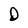
Character: D